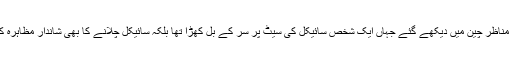
یہ دلچسپ مناظر چین میں دیکھے گئے جہاں ایک شخص سائیکل کی سیٹ پر سر کے بل کھڑا تھا بلکہ سائیکل چلانے کا بھی شاندار مظاہرہ کر رہا تھا۔